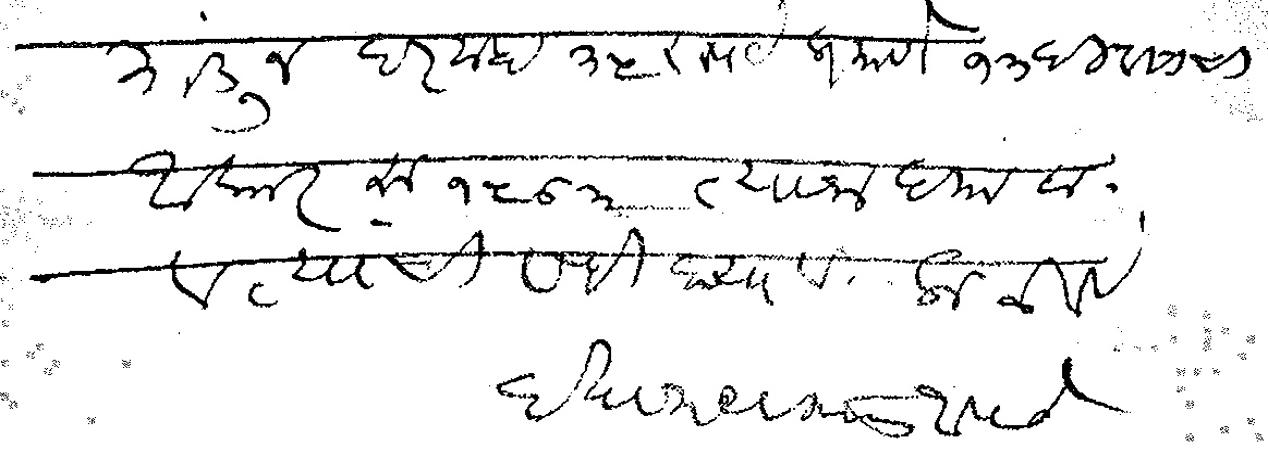
Transliteration (Devanagari): मांडून दरमहा ३५ रुपयेप्रमाणे १३ दिवसाचा आकार रु १५ ७  १५ रु ३ आणे त्यांना द्यावा व त्यांची सही घ्यावी कळावे दत्तात्रय विष्णु आपटे